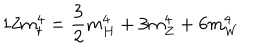
1 2 m _ { t } ^ { 4 } = \frac { 3 } { 2 } m _ { H } ^ { 4 } + 3 m _ { Z } ^ { 4 } + 6 m _ { W } ^ { 4 }